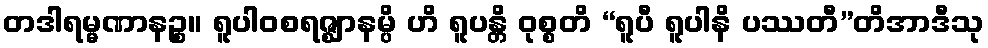
တဒါရမ္မဏာနဉ္စ။ ရူပါဝစရဇ္ဈာနမ္ပိ ဟိ ရူပန္တိ ဝုစ္စတိ “ရူပီ ရူပါနိ ပဿတီ”တိအာဒီသု